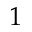
1